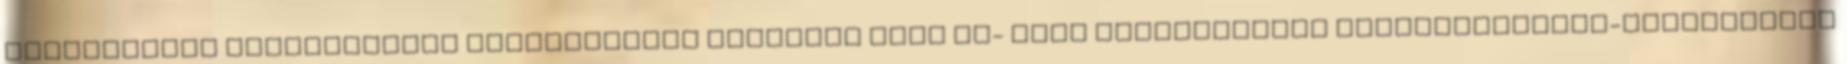
lehetőségek kiválasztása Képfelbontás megadása Hang be- vagy kikapcsolása Gyorsbillentyű-információk